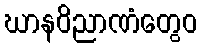
ဃာနဝိညာဏံတွေဝ